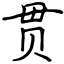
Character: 贯